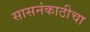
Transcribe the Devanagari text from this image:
सासनंकाठीचा